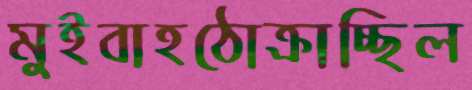
মুইবাহঠোক্‌রাচ্ছিল